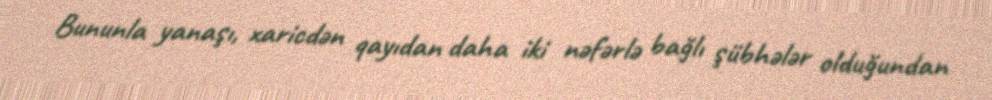
Bununla yanaşı, xaricdən qayıdan daha iki nəfərlə bağlı şübhələr olduğundan